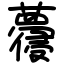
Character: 蘉